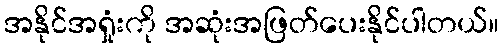
အနိုင်အရှုံးကို အဆုံးအဖြတ်ပေးနိုင်ပါတယ်။